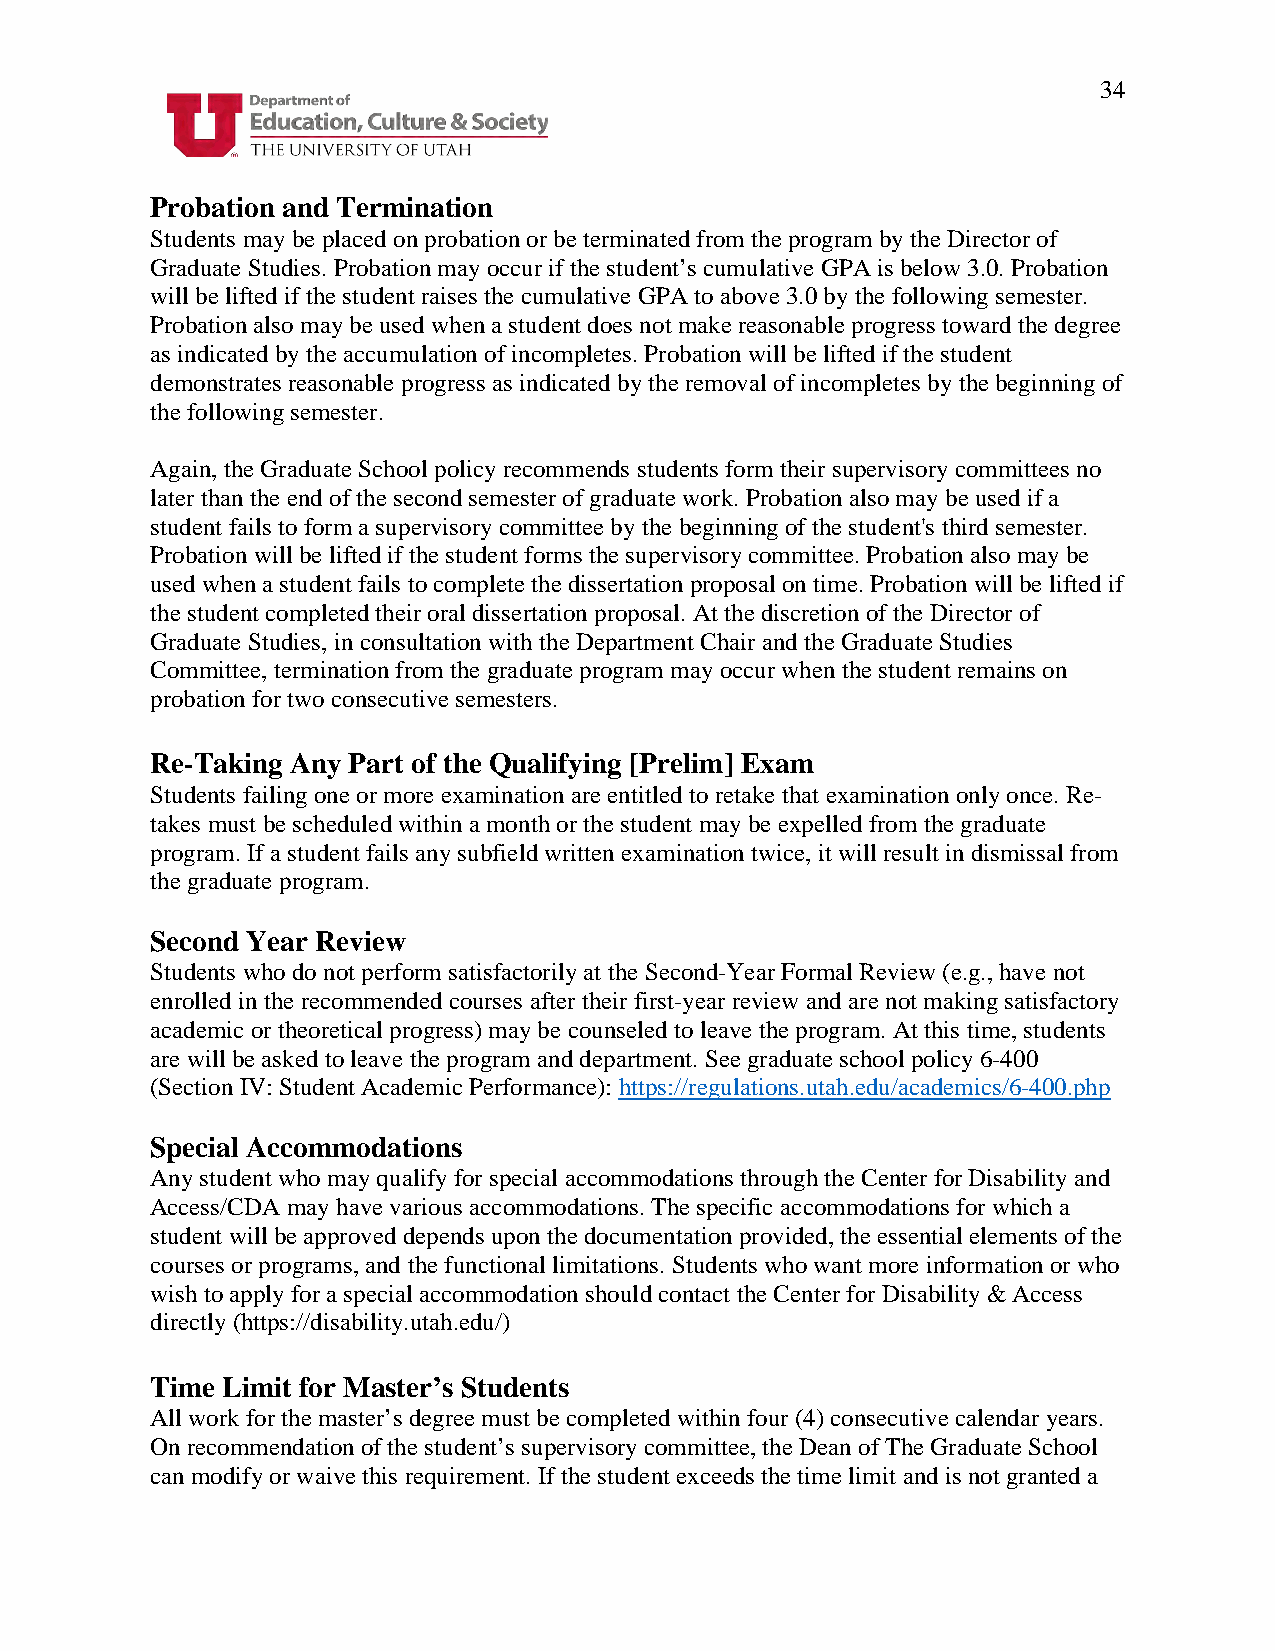
34
 Probation and Termination
 Students may be placed on probation or be terminated from the program by the Director of
 Graduate Studies. Probation may occur if the student’s cumulative GPA is below 3.0. Probation
 will be lifted if the student raises the cumulative GPA to above 3.0 by the following semester.
 Probation also may be used when a student does not make reasonable progress toward the degree
 as indicated by the accumulation of incompletes. Probation will be lifted if the student
 demonstrates reasonable progress as indicated by the removal of incompletes by the beginning of
 the following semester.
 Again, the Graduate School policy recommends students form their supervisory committees no
 later than the end of the second semester of graduate work. Probation also may be used if a
 student fails to form a supervisory committee by the beginning of the student's third semester.
 Probation will be lifted if the student forms the supervisory committee. Probation also may be
 used when a student fails to complete the dissertation proposal on time. Probation will be lifted if
 the student completed their oral dissertation proposal. At the discretion of the Director of
 Graduate Studies, in consultation with the Department Chair and the Graduate Studies
 Committee, termination from the graduate program may occur when the student remains on
 probation for two consecutive semesters.
 Re-Taking Any Part of the Qualifying [Prelim] Exam
 Students failing one or more examination are entitled to retake that examination only once. Re-
 takes must be scheduled within a month or the student may be expelled from the graduate
 program. If a student fails any subfield written examination twice, it will result in dismissal from
 the graduate program.
 Second Year Review
 Students who do not perform satisfactorily at the Second-Year Formal Review (e.g., have not
 enrolled in the recommended courses after their first-year review and are not making satisfactory
 academic or theoretical progress) may be counseled to leave the program. At this time, students
 are will be asked to leave the program and department. See graduate school policy 6-400
 (Section IV: Student Academic Performance): https://regulations.utah.edu/academics/6-400.php
 Special Accommodations
 Any student who may qualify for special accommodations through the Center for Disability and
 Access/CDA may have various accommodations. The specific accommodations for which a
 student will be approved depends upon the documentation provided, the essential elements of the
 courses or programs, and the functional limitations. Students who want more information or who
 wish to apply for a special accommodation should contact the Center for Disability & Access
 directly (https://disability.utah.edu/)
 Time Limit for Master’s Students
 All work for the master’s degree must be completed within four (4) consecutive calendar years.
 On recommendation of the student’s supervisory committee, the Dean of The Graduate School
 can modify or waive this requirement. If the student exceeds the time limit and is not granted a